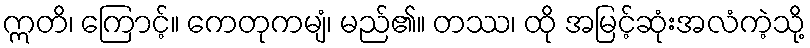
ဣတိ၊ ကြောင့်။ ကေတုကမျံ၊ မည်၏။ တဿ၊ ထို အမြင့်ဆုံးအလံကဲ့သို့